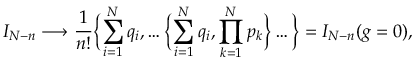
I _ { N - n } \longrightarrow \frac { 1 } { n ! } \biggl \{ \sum _ { i = 1 } ^ { N } q _ { i } , \dots \biggl \{ \sum _ { i = 1 } ^ { N } q _ { i } , \prod _ { k = 1 } ^ { N } p _ { k } \biggr \} \dots \biggr \} = I _ { N - n } ( g = 0 ) ,